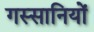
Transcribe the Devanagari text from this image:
गस्सानियों